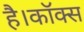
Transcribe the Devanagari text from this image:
है।कॉक्स